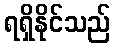
ရရှိနိုင်သည်